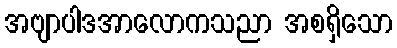
အဗျာပါဒအာလောကသညာ အစရှိသော